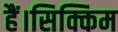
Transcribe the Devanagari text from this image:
हैं।सिक्किम